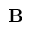
\mathbf { B }